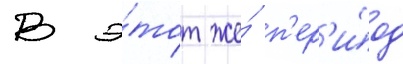
В э́тот же́ п'ер'и́од